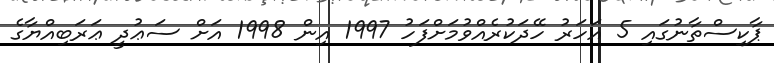
ޕާކިސްތާނުގައި 5 އަހަރު ހޭދަކުރެއްވުމަށްފަހު 1997 އިން 1998 އަށް ސަޢުދީ ޢަރަބިއްޔާގެ